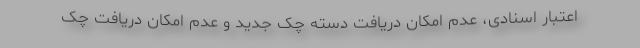
اعتبار اسنادی، عدم امکان دریافت دسته چک جدید و عدم امکان دریافت چک